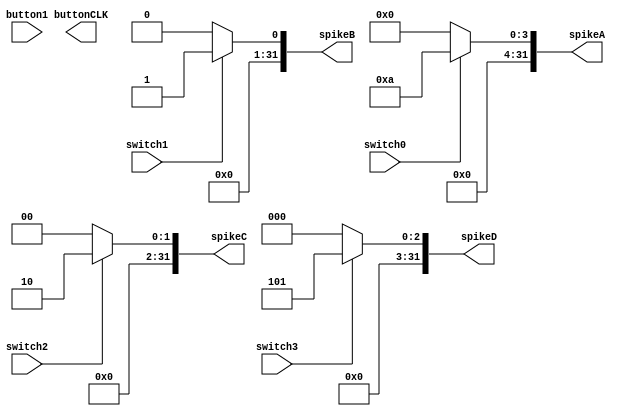
module neurorisc_fpgaTB(
	input		switch0,
	input		switch1,
	input		switch2,
	input		switch3,
	input		button1,
	
	output		buttonCLK,
	output	[31:0]	spikeA,
	output	[31:0]	spikeB,
	output	[31:0]	spikeC,
	output	[31:0]	spikeD
);

assign spikeA = switch0 ?	32'd10 : 32'd0;
assign spikeB = switch1 ?	32'd1 : 32'd0;
assign spikeC = switch2 ?	32'd2 : 32'd0;
assign spikeD = switch3 ?	32'd5: 32'd0;




endmodule